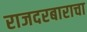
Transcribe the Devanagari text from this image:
राजदरबाराचा